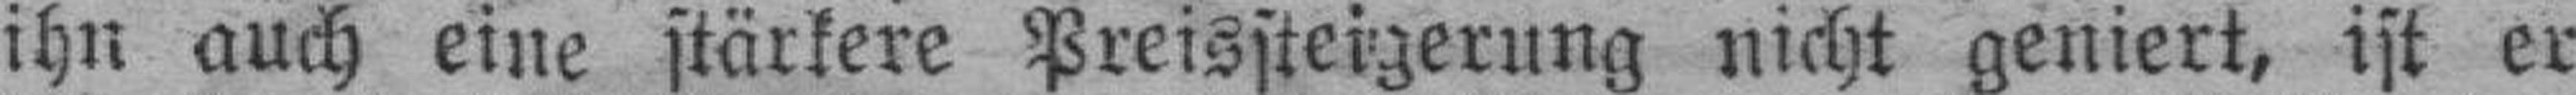
ihn auch eine stärkere Preissteigerung nicht geniert, ist er